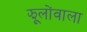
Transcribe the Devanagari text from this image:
झूलोंवाला